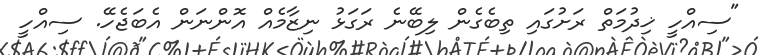
"ސިއްހީ ޚިދުމަތް ރަށުގައި ތިބެގެން ލިބޭނެ ރަގަޅު ނިޒާމެއް އޮންނަން އެބަޖެހޭ. ސިއްހީ